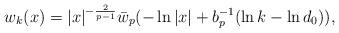
LaTeX: \begin{align*}w_{k}(x)=|x|^{-\frac{2}{p-1}}\bar w_p(-\ln|x|+b_{p}^{-1} (\ln k-\ln d_0)),\end{align*}